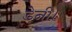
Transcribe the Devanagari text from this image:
डेनी।